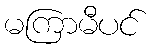
မကြာမီပင်